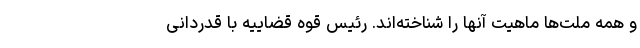
و همه ملت‌ها ماهیت آنها را شناخته‌اند. رئیس قوه قضاییه با قدردانی